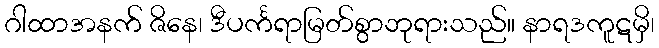
ဂါထာအနက် ဇိနေ၊ ဒီပင်္ကရာမြတ်စွာဘုရားသည်။ နာရဒကူဋမှိ၊